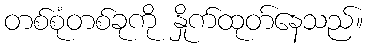
တစ်စုံတစ်ခုကို နှိုက်ထုတ်နေသည်။